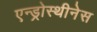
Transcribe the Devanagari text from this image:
एन्ड्रोस्थीनेस